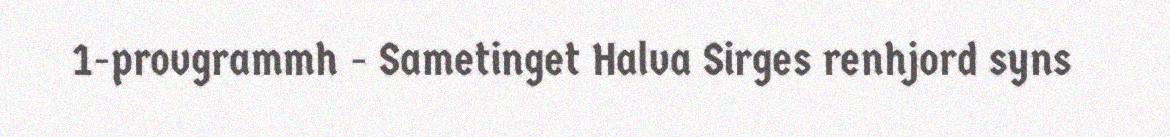
1-provgrammh - Sametinget Halva Sirges renhjord syns